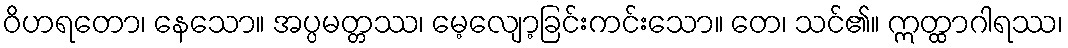
ဝိဟရတော၊ နေသော။ အပ္ပမတ္တဿ၊ မေ့လျော့ခြင်းကင်းသော။ တေ၊ သင်၏။ ဣတ္ထာဂါရဿ၊